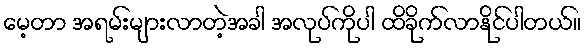
မေ့တာ အရမ်းများလာတဲ့အခါ အလုပ်ကိုပါ ထိခိုက်လာနိုင်ပါတယ်။